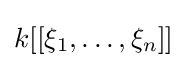
k[[\xi _{1},\dots ,\xi _{n}]]